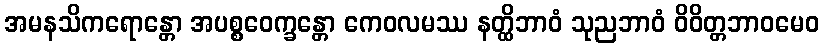
အမနသိကရောန္တော အပစ္စဝေက္ခန္တော ကေဝလမဿ နတ္ထိဘာဝံ သုညဘာဝံ ဝိဝိတ္တဘာဝမေဝ